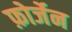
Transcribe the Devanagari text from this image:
फ़ोर्जेन